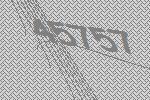
45757